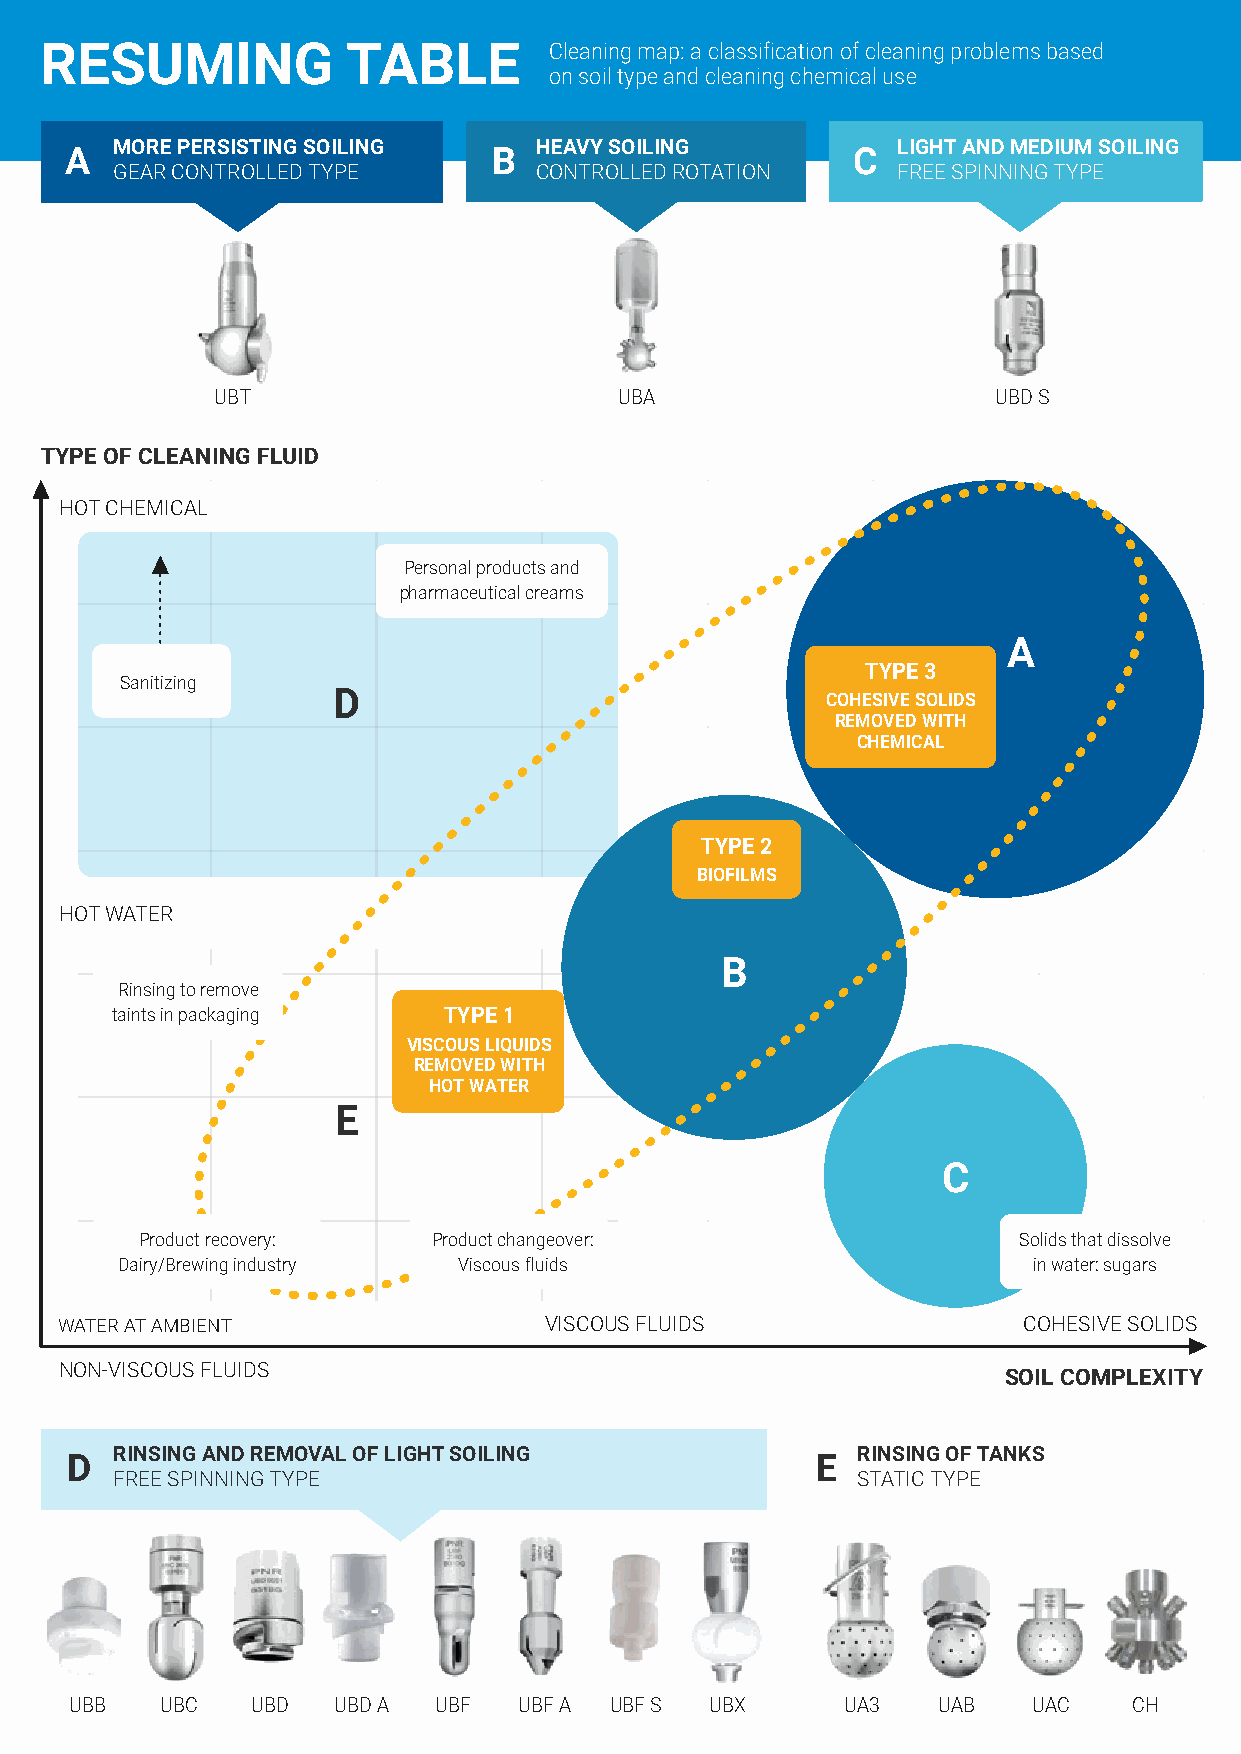
RESUMING            TABLE        Cleaning map: a classification of cleaning problems based
 on soil type and cleaning chemical use
 MORE PERSISTING SOILING    HEAVY SOILING           LIGHT AND MEDIUM SOILING
 A                            B                      C
 GEAR CONTROLLED TYPE       CONTROLLED ROTATION     FREE SPINNING TYPE
 UBT                        UBA                      UBD S
 TYPE OF CLEANING FLUID
 HOT CHEMICAL
 Personal products and
 pharmaceutical creams
 A
 TYPE 3
 Sanitizing
 D                                COHESIVE SOLIDS
 REMOVED WITH
 CHEMICAL
 TYPE 2
 BIOFILMS
 HOT WATER
 B
 Rinsing to remove
 taints in packaging   TYPE 1
 VISCOUS LIQUIDS
 REMOVED WITH
 HOT WATER
 E
 C
 Product recovery:   Product changeover:                   Solids that dissolve
 Dairy/Brewing industry Viscous fluids                       in water: sugars
 WATER AT AMBIENT                VISCOUS FLUIDS                  COHESIVE SOLIDS
 NON-VISCOUS FLUIDS
 SOIL COMPLEXITY
 RINSING AND REMOVAL OF LIGHT SOILING             RINSING OF TANKS
 D                                                 E
 FREE SPINNING TYPE                               STATIC TYPE
 UBB   UBC   UBD  UBD A  UBF  UBF A UBF S  UBX      UA3   UAB   UAC    CH